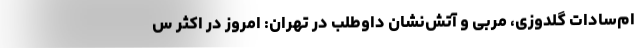
ام‌سادات گلدوزی، مربی و آتش‌نشان داوطلب در تهران: امروز در اکثر س